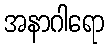
အနာဂါရော